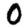
Digit: 0